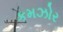
કમઝોર